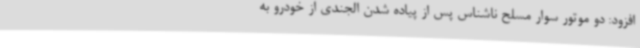
افزود: دو موتور سوار مسلح ناشناس پس از پیاده شدن الجندی از خودرو به